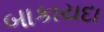
બાકાયદા